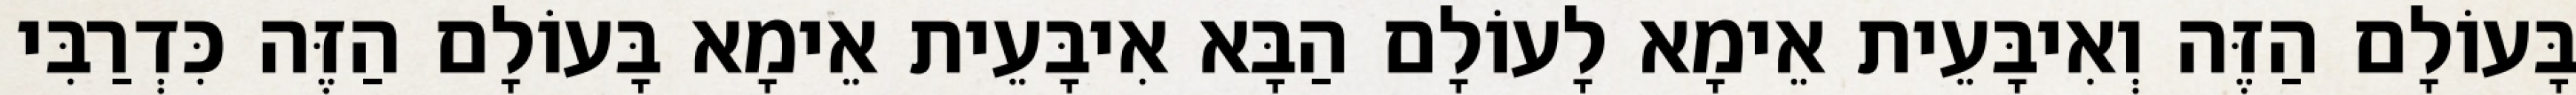
בָּעוֹלָם הַזֶּה וְאִיבָּעֵית אֵימָא לָעוֹלָם הַבָּא אִיבָּעֵית אֵימָא בָּעוֹלָם הַזֶּה כִּדְרַבִּי